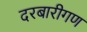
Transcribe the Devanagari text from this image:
दरबारीगण